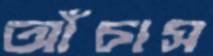
আঁচাস